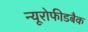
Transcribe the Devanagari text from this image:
न्यूरोफीडबैक